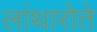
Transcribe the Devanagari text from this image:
लांथारोते